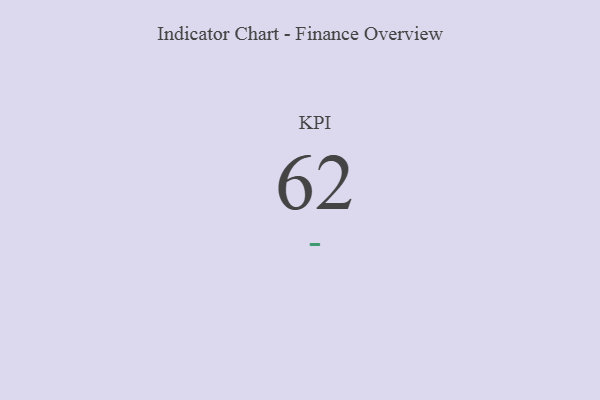
{"axis": {"x": "KPI", "y": "Value"}, "legend": [""], "data": [{"x": "KPI", "y": 62, "type": ""}]}